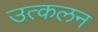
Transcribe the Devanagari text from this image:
उत्‍कलन